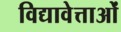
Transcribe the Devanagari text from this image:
विद्यावेत्ताओं